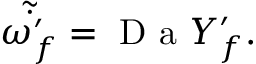
\begin{array} { r } { \tilde { \dot { \omega _ { f } ^ { \prime } } } = \mathrm { ~ D ~ a ~ } Y _ { f } ^ { \prime } . } \end{array}